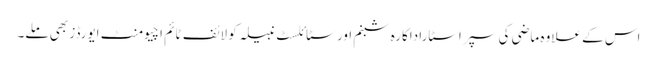
اس کے علاوہ ماضی کی سپر اسٹاراداکارہ شبنم اور سٹائلسٹ نبیلہ کو لائف ٹائم اچیومنٹ ایورڈز بھی ملے۔